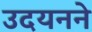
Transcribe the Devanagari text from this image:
उदयनने